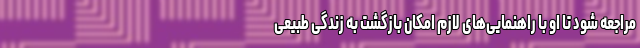
مراجعه شود تا او با راهنمایی‌های لازم امکان بازگشت به زندگی طبیعی